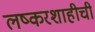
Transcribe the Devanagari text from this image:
लष्करशाहीची